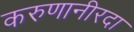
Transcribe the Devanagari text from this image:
करुणानीरदा